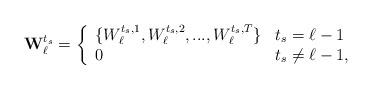
LaTeX: \begin{align*}\textbf{W}_{\ell}^{t_s}=\left\{\begin{array}{ll}\{W_\ell^{t_s,1},W_\ell^{t_s,2},...,W_\ell^{t_s,T}\} &\mbox {$t_s=\ell-1$}\\ 0 &\mbox{$t_s\neq\ell-1$},\end{array}\right.\end{align*}